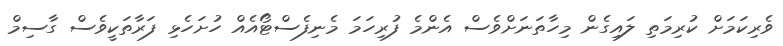
ވެރިކަމަށް ކުރިމަތި ލައިގެން މިހާތަނަށްވެސް އެންމެ ފުރިހަމަ މެނިފެސްޓޯއެއް ހުށަހެޅި ފަރާތަކީވެސް ގާސިމް